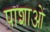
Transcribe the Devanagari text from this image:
पाशाओं